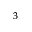
^ 3